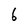
Character: 6